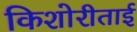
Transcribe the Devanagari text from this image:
किशोरीताई